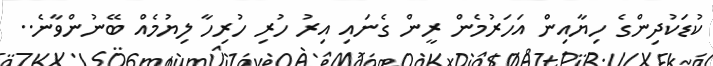
ކުޑަކުދިންގެ ހިޔާއިން އަހަރުމެން ރީން ގެނައި އިރު ހުރި ހުރިހާ ލިޔުމެއް ބޭނުންވާނެ..